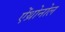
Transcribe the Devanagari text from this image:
ऐंथ्रोनोल